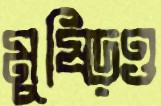
মুষ্‌ড়িও